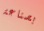
بصناعة